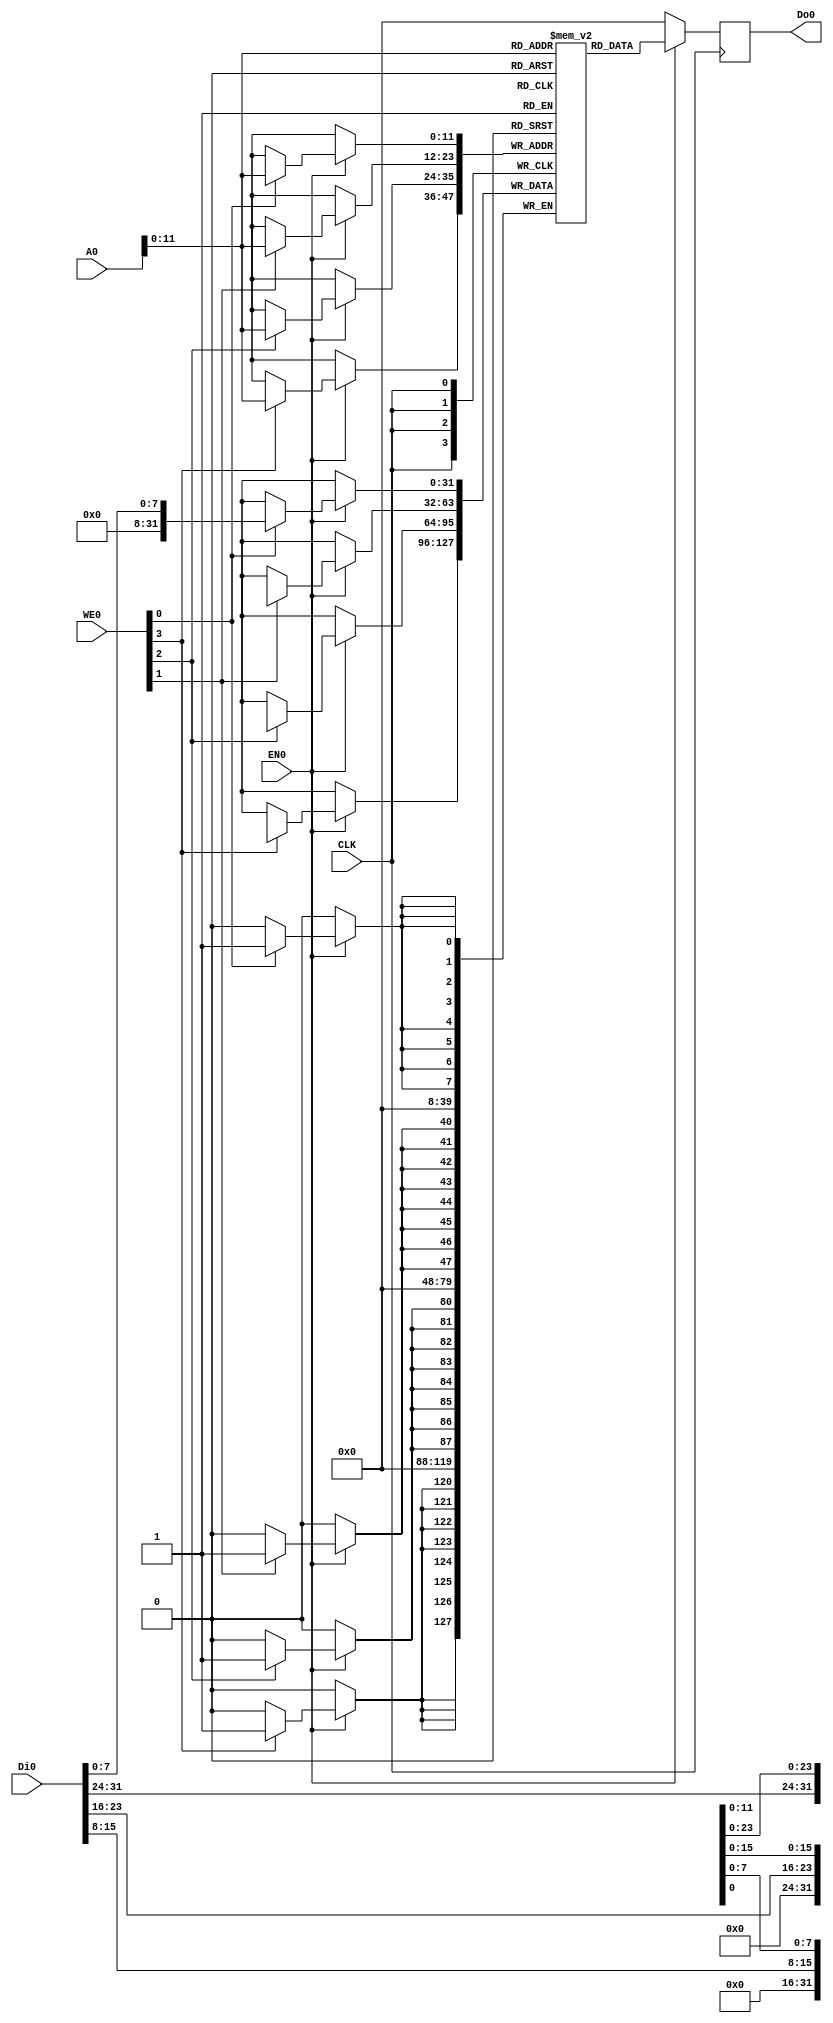
module bram(
    CLK,
    WE0,
    EN0,
    Di0,
    Do0,
    A0
);

    input   wire            CLK;
    input   wire    [3:0]   WE0;
    input   wire            EN0;
    input   wire    [31:0]  Di0;
    output  reg     [31:0]  Do0;
    input   wire    [31:0]   A0;

    // 16KB    (// 4 kB)
    // 32 bit = 4 byte ->   16KB = 4 byte * 2 ^ N
    parameter N = 12; 
    (* ram_style = "block" *) reg [31:0] RAM[0:2**N-1];   
    // 4 MB
    //This RAM has Data width of 8 bits and 4MB address locations
	//reg [7:0] RAM[0:4*1024*1024-1];

    always @(posedge CLK)
        if(EN0) begin
            Do0 <= RAM[A0[N-1:0]];
            if(WE0[0]) RAM[A0[N-1:0]][7:0] <= Di0[7:0];
            if(WE0[1]) RAM[A0[N-1:0]][15:8] <= Di0[15:8];
            if(WE0[2]) RAM[A0[N-1:0]][23:16] <= Di0[23:16];
            if(WE0[3]) RAM[A0[N-1:0]][31:24] <= Di0[31:24];
        end
        else
            Do0 <= 32'b0;
endmodule